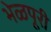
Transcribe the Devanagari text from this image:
भेळपूरी